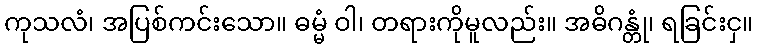
ကုသလံ၊ အပြစ်ကင်းသော။ ဓမ္မံ ဝါ၊ တရားကိုမူလည်း။ အဓိဂန္တုံ၊ ရခြင်းငှ။